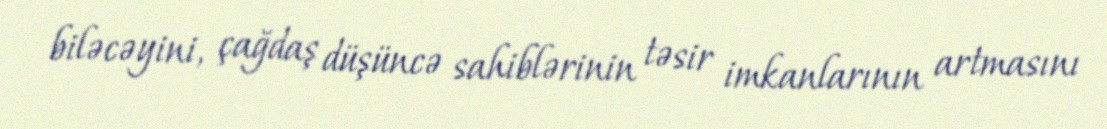
biləcəyini, çağdaş düşüncə sahiblərinin təsir imkanlarının artmasını